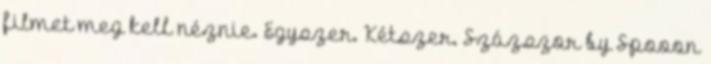
filmet meg kell néznie. Egyszer. Kétszer. Százszor by Spooon